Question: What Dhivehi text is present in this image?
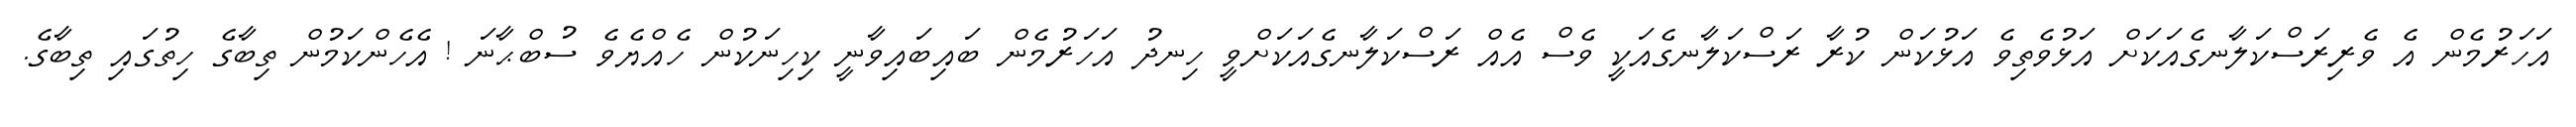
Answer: އަހަރުމެން އެ ވެރިރަސްކަލާނގެއަކަށް އަޅުވެތިވެ އަޅުކަން ކުރާ ރަސްކަލާނގެއަކީ ވެސް އެއް ރަސްކަލާނގެއަކަށްވީ ހިނދު އަހަރުމެން ބައިބައިވާނީ ކިހިނަކުން ހެއްޔެވެ ސުބްޙާނަ ! އެހެންކަމުން ތިބާގެ ހިތުގައި ތިބާގެ.